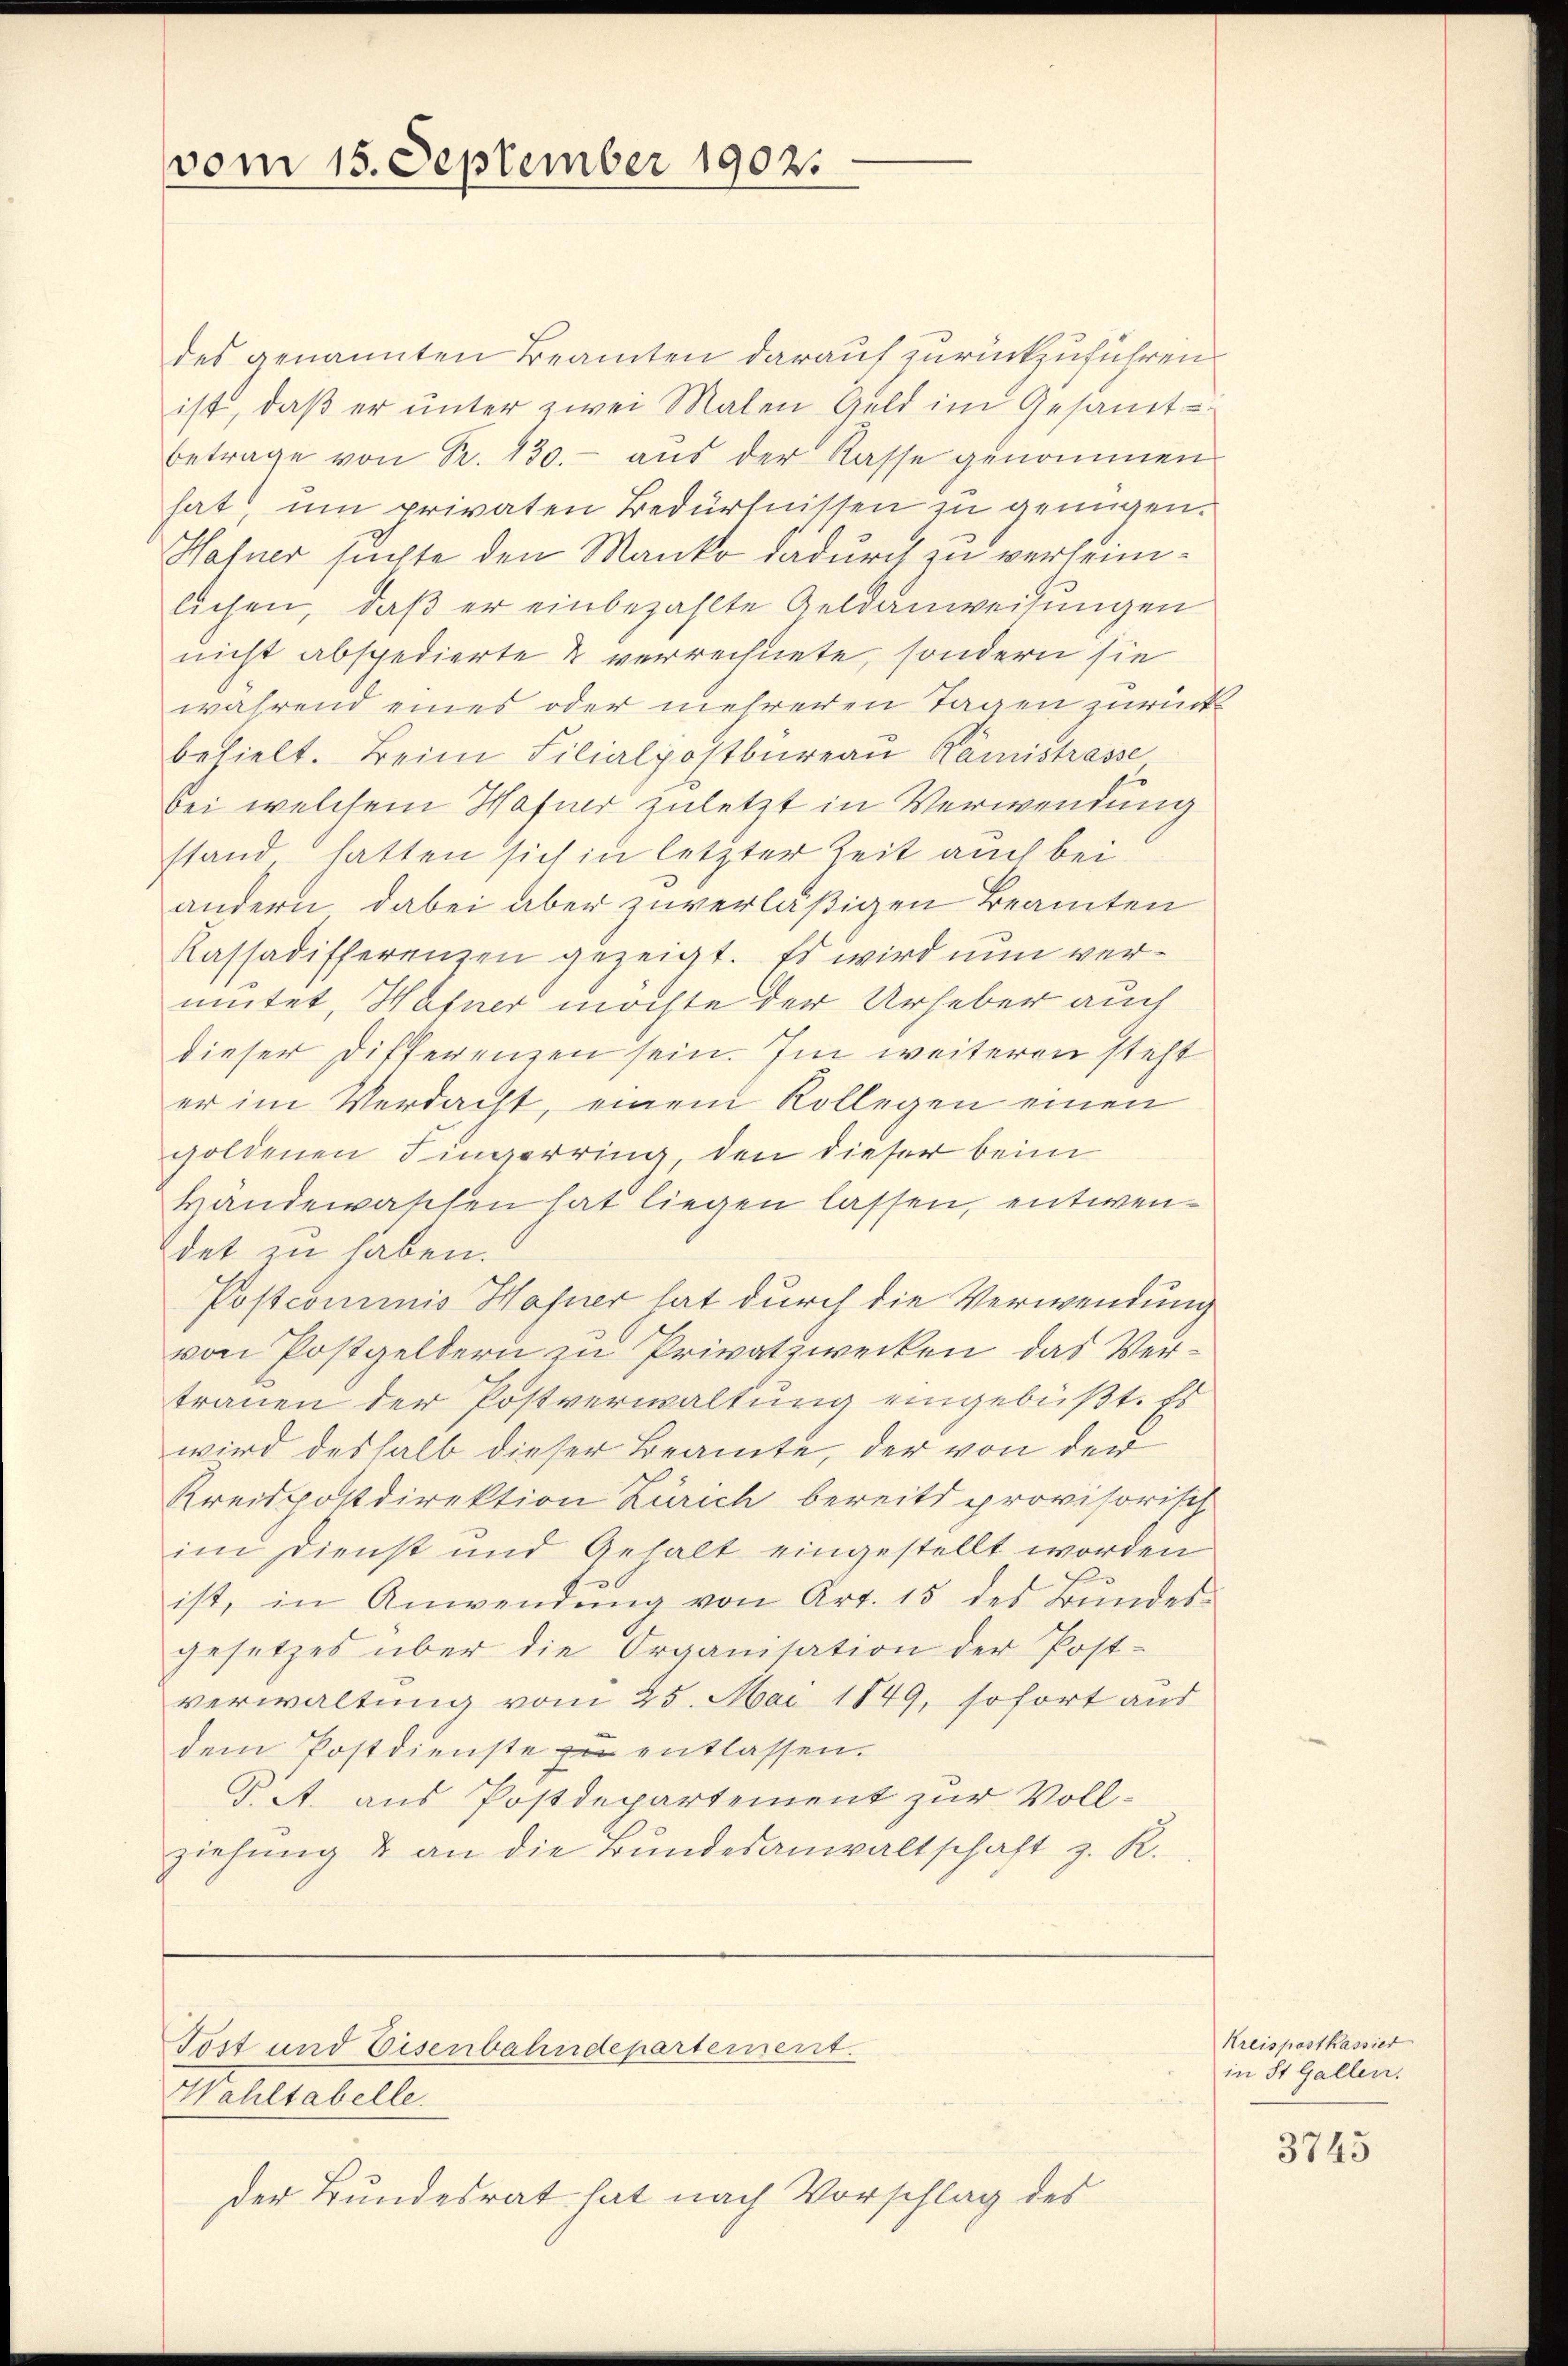
vom 15. September 1902.

des genannten Beamten darauf zurückzuführen.
ist, daß er unter zwei Malen Geld im Gesamt-
betrage von R. 130.- aus der Rasse genommen
hat, um privaten Bedürfnissen zu genügen.
Hafner suchte den Manko dadurch zu verheimlichen, daβ er einbezahlte Geldanweisungen
nicht abspedierte & verrechnete, sondern sie
während eines oder mehreren Tagen zurück
behielt. Beim Filialpostbureau Kamistrasse
bei welchem Hafner zuletzt in Verwendung
stand hatten sich in letzter Zeit auch bei
andern dabei aber zuverläßigen Beamten
Kassadifferenzen gezeigt. Es wird nun vermutet, Hafner möchte der Urheber auch
dieser Differenzen sein. Im weiteren steht
er im Verdacht, einem Kollegen einen
goldenen Fingerring, den dieser beim
Handewaschen hat liegen lassen, entwendet zu haben.
Postcommis Hafner hat durch die Verwendung
von Postgeldern zu Privatzwecken, das Vertrauen der Postverwaltung eingebüßt. Es
wird deshalb dieser Beamte, der von den
Kreispostdirektion Zürich bereits provisorisch
im Dienst und Gehalt eingestellt worden
ist, in Anwendŭng von Art. 15 des Bŭndes-
gesetzes über die Organisation der Post-
verwaltung vom 25. Mai 1849, sofort aus
dem Postdienste zu entlassen.
P A. aus Postdepartement zur Vollziehung & an die Bundesanwaltschaft z. R.
Tost und Eisenbahndepartement.
Wahltabelle.
der Bundesrat hat nach Vorschlag des

Kreispostkassier
in St. Gallen.

3745